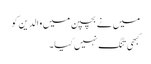
میں نے بچپن میں والدین کو
کبھی تنگ نہیں کیا۔